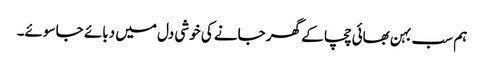
ہم سب بہن بھائی چچا کے گھر جانے کی خوشی دل میں دبائے جا سوئے۔